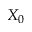
X _ { 0 }